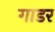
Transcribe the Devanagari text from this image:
गाडर